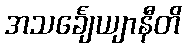
အသင်္ချေယျာနီတိ